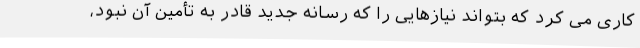
کاری می کرد که بتواند نیازهایی را که رسانه جدید قادر به تأمین آن نبود،